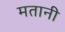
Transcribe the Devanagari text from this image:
मतानी